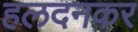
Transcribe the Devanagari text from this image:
हलदनकर